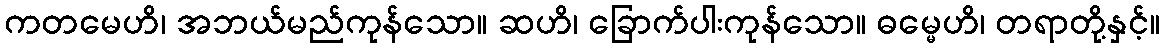
ကတမေဟိ၊ အဘယ်မည်ကုန်သော။ ဆဟိ၊ ခြောက်ပါးကုန်သော။ ဓမ္မေဟိ၊ တရာတို့နှင့်။